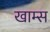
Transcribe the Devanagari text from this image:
खाम्स